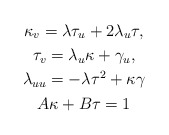
\begin{gather*}\kappa_{v}=\lambda\tau_{u}+2\lambda_{u}\tau,\\\tau_{v}=\lambda_{u}\kappa+\gamma_{u},\\\lambda_{uu}=-\lambda\tau^{2}+\kappa\gamma\\A\kappa+B\tau=1\end{gather*}